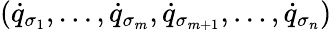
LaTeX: ({\dot{q}}_{\sigma_{1}},\dots,{\dot{q}}_{\sigma_{m}},{\dot{q}}_{\sigma_{m+1}},\dots,{\dot{q}}_{\sigma_{n}})